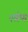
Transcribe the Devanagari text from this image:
स्त्रेण